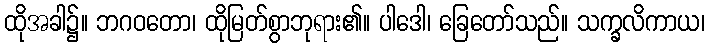
ထိုအခါ၌။ ဘဂဝတော၊ ထိုမြတ်စွာဘုရား၏။ ပါဒေါ၊ ခြေတော်သည်။ သက္ခလိကာယ၊